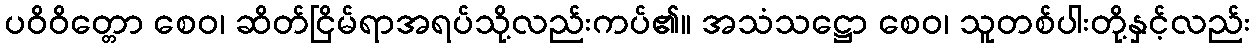
ပဝိဝိတ္တော စေဝ၊ ဆိတ်ငြိမ်ရာအရပ်သို့လည်းကပ်၏။ အသံသဋ္ဌော စေဝ၊ သူတစ်ပါးတို့နှင့်လည်း